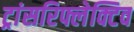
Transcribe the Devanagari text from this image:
ट्रांसरिफ्लेक्टिव